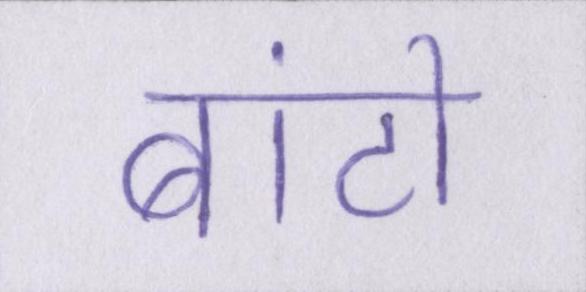
बांटो